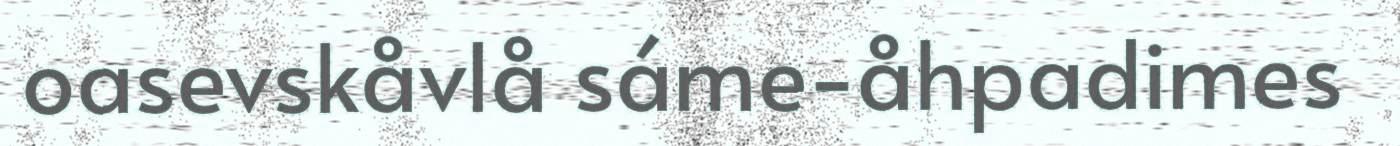
oasevskåvlå sáme-åhpadimes